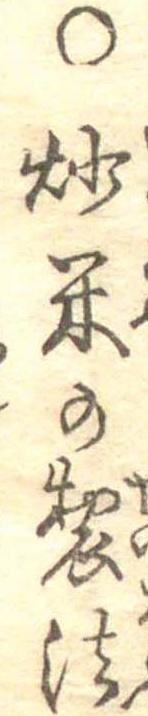
○炒米の製法